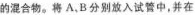
的混合物。将A.B分别放入试管中，并在